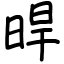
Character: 晘